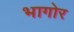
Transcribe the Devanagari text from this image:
भागोर